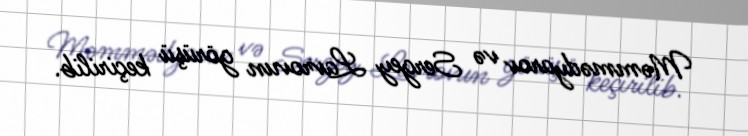
Məmmədyarov və Sergey Lavrovun görüşü keçirilib.